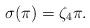
LaTeX: \begin{align*} \sigma(\pi)=\zeta_4\pi.\end{align*}